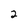
Character: 2